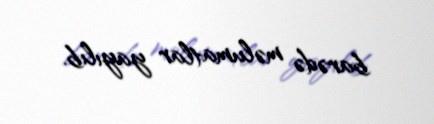
barədə məlumatlar yayılıb.